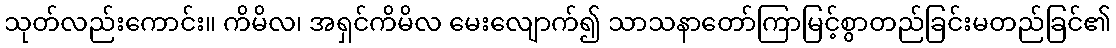
သုတ်လည်းကောင်း။ ကိမိလ၊ အရှင်ကိမိလ မေးလျောက်၍ သာသနာတော်ကြာမြင့်စွာတည်ခြင်းမတည်ခြင်၏